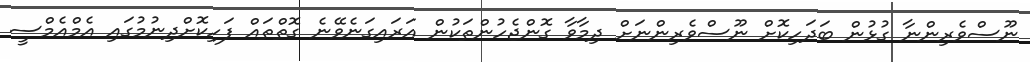
ނޫސްވެރިންނާ ގުޅުން ބަދަހިކޮށް ނޫސްވެރިންނަށް ދިމާވާ ގޮންޖެހުންތަކުން އަރައިގަނެވޭނެ ގޮތްތައް ފަހިކޮށްދިނުމުގައި އެމްއެމްސީ